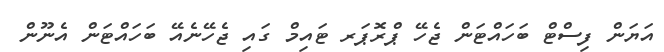
އަޔަން ފިސްޓް ބަހައްޓަން ޖެހޭ ޕްރޮޕަރ ޓައިމް ގައި ޖެހޭނެއޭ ބަހައްޓަން އެނޫން